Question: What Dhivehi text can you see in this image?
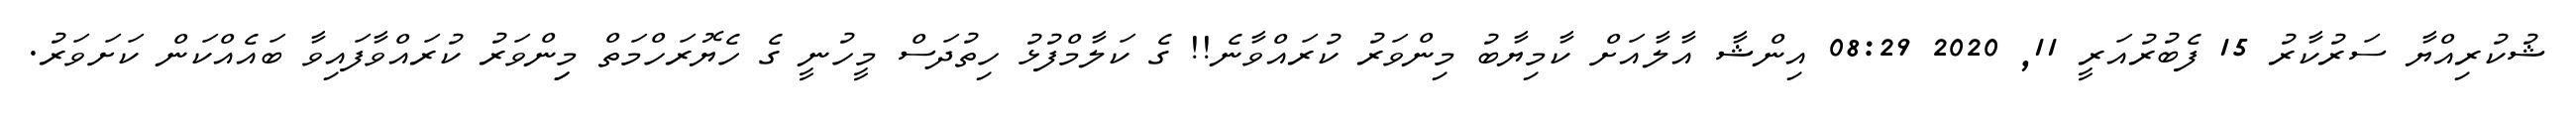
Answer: ޝުކުރިއްޔާ ސަރުކާރު 15 ފެބުރުއަރީ 11, 2020 08:29 އިންޝާ އާލާއަށް ކާމިޔާބު މިންވަރު ކުރައްވާނެ!! ގެ ކަލާމްފުޅު ހިތުދަސް މީހުނީ ގެ ހެޔޮރަހްމަތް މިިންވަރު ކުރައްވާފައިވާ ބައެއްކަން ކަށަވަރު.